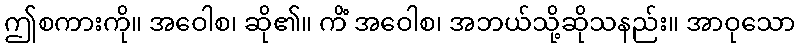
ဤစကားကို။ အဝေါစ၊ ဆို၏။ ကိံ အဝေါစ၊ အဘယ်သို့ဆိုသနည်း။ အာဝုသော